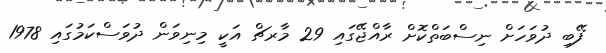
ފޭބި ދުވަހަށް ނިސްބަތްކޮށް ރާއްޖޭގައި 29 މާރޗް އަކީ މިނިވަން ދުވަސްކަމުގައި 1978